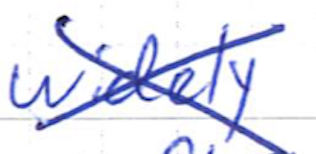
Text: widely
Cross-out: cross
Writing tool: ballpoint